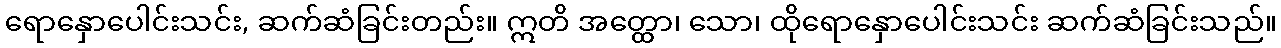
ရောနှောပေါင်းသင်း, ဆက်ဆံခြင်းတည်း။ ဣတိ အတ္ထော၊ သော၊ ထိုရောနှောပေါင်းသင်း ဆက်ဆံခြင်းသည်။